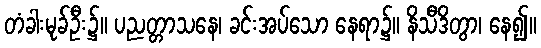
တံခါးမုခ်ဦး၌။ ပညတ္တာသနေ၊ ခင်းအပ်သော နေရာ၌။ နိသီဒိတွာ၊ နေ၍။